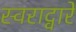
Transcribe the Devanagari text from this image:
स्वराद्वारे